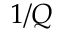
1 / Q